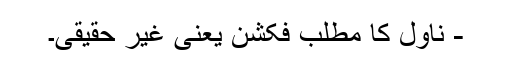
- ناول کا مطلب فکشن یعنی غیر حقیقی۔